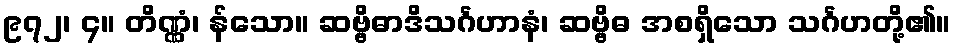
၉၇၂၊ ၄။ တိဏ္ဏံ၊ န်သော။ ဆဗ္ဗိဓာဒိသင်္ဂဟာနံ၊ ဆဗ္ဗိဓ အစရှိသော သင်္ဂဟတို့၏။